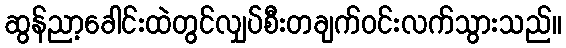
ဆွန်ညာ့ခေါင်းထဲတွင်လျှပ်စီးတချက်ဝင်းလက်သွားသည်။